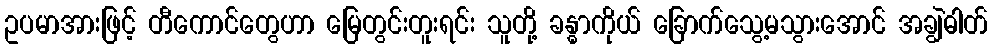
ဥပမာအားဖြင့် တီကောင်တွေဟာ မြေတွင်းတူးရင်း သူတို့ ခန္ဓာကိုယ် ခြောက်သွေ့မသွားအောင် အချွဲဓါတ်